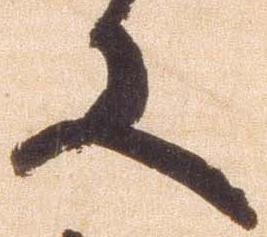
又